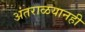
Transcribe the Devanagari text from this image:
अंतराळयानही